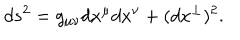
d s ^ { 2 } = g _ { \mu \nu } d x ^ { \mu } d x ^ { \nu } + ( d x ^ { \perp } ) ^ { 2 } .